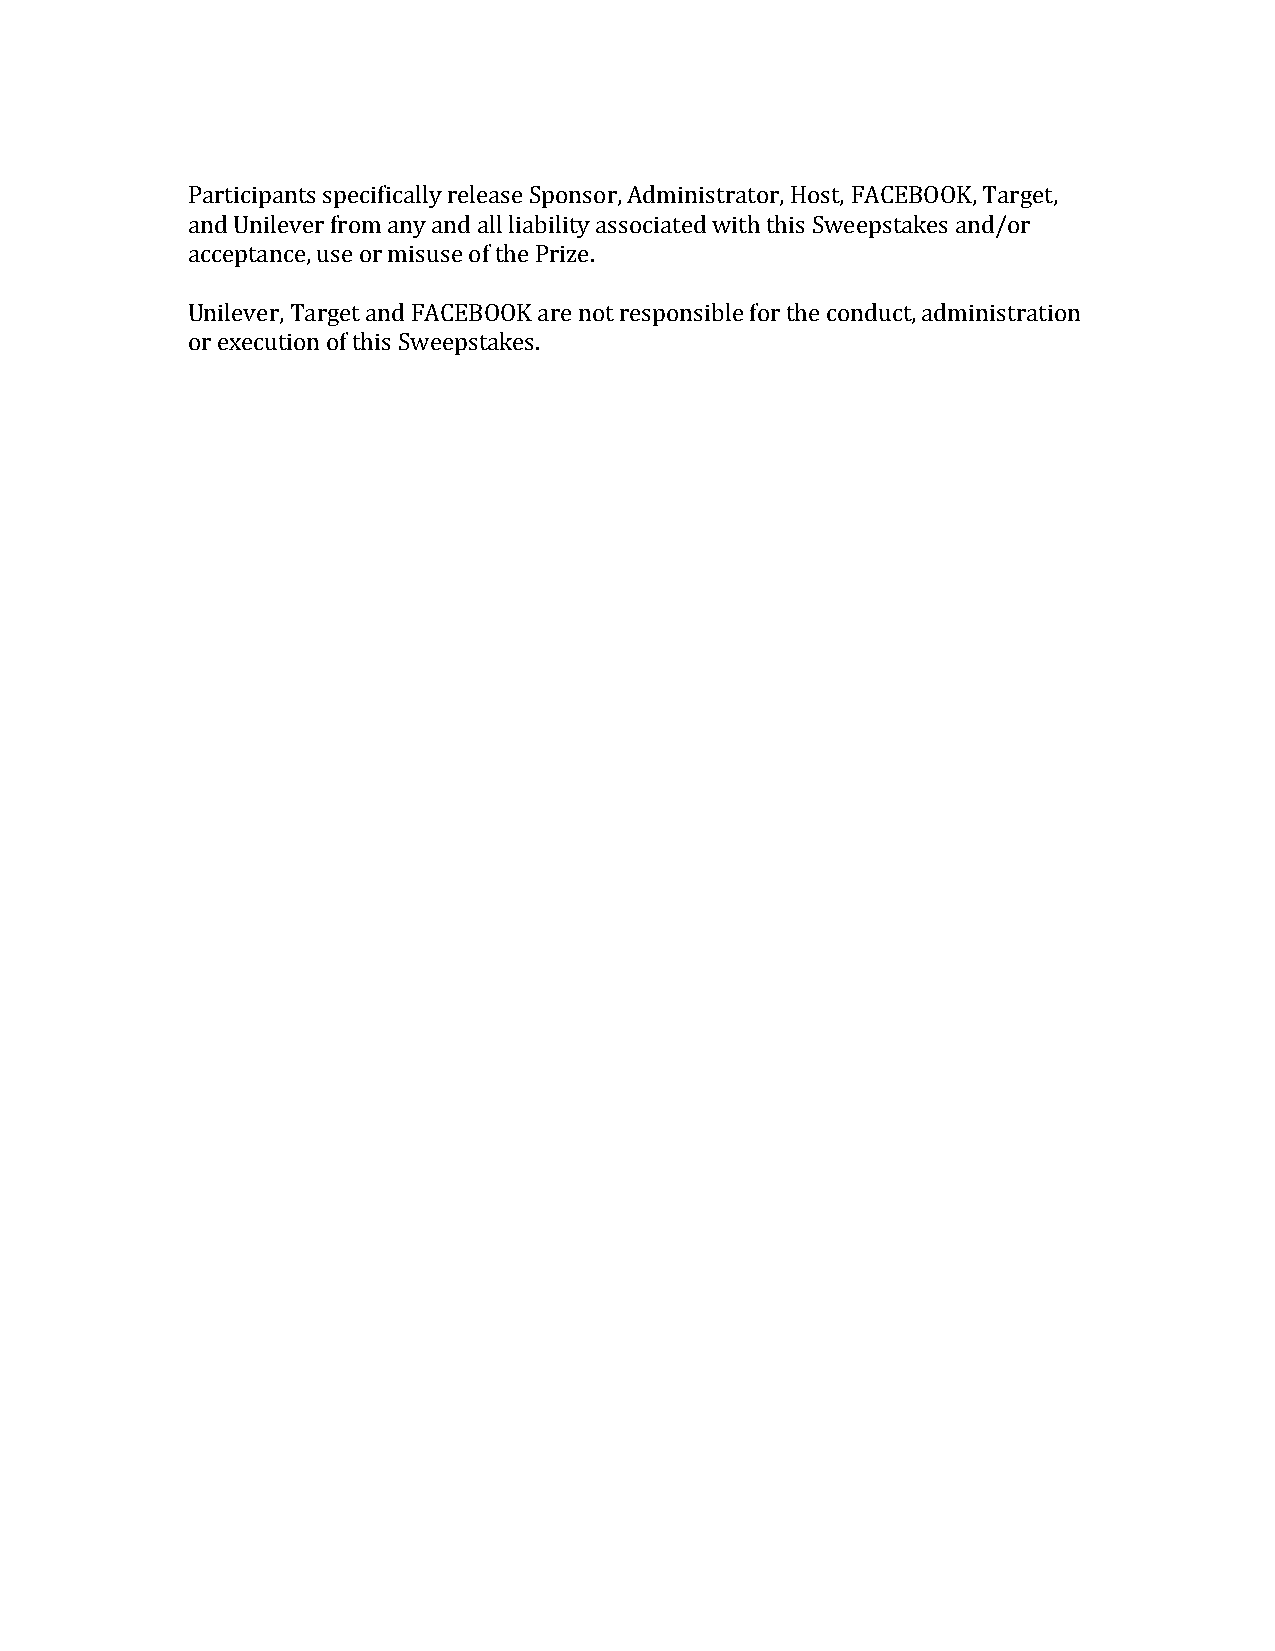
Participants specifically release Sponsor, Administrator, Host, FACEBOOK, Target,
 and Unilever from any and all liability associated with this Sweepstakes and/or
 acceptance, use or misuse of the Prize.
 Unilever, Target and FACEBOOK are not responsible for the conduct, administration
 or execution of this Sweepstakes.